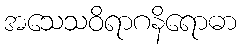
အသေသဝိရာဂနိရောဓာ